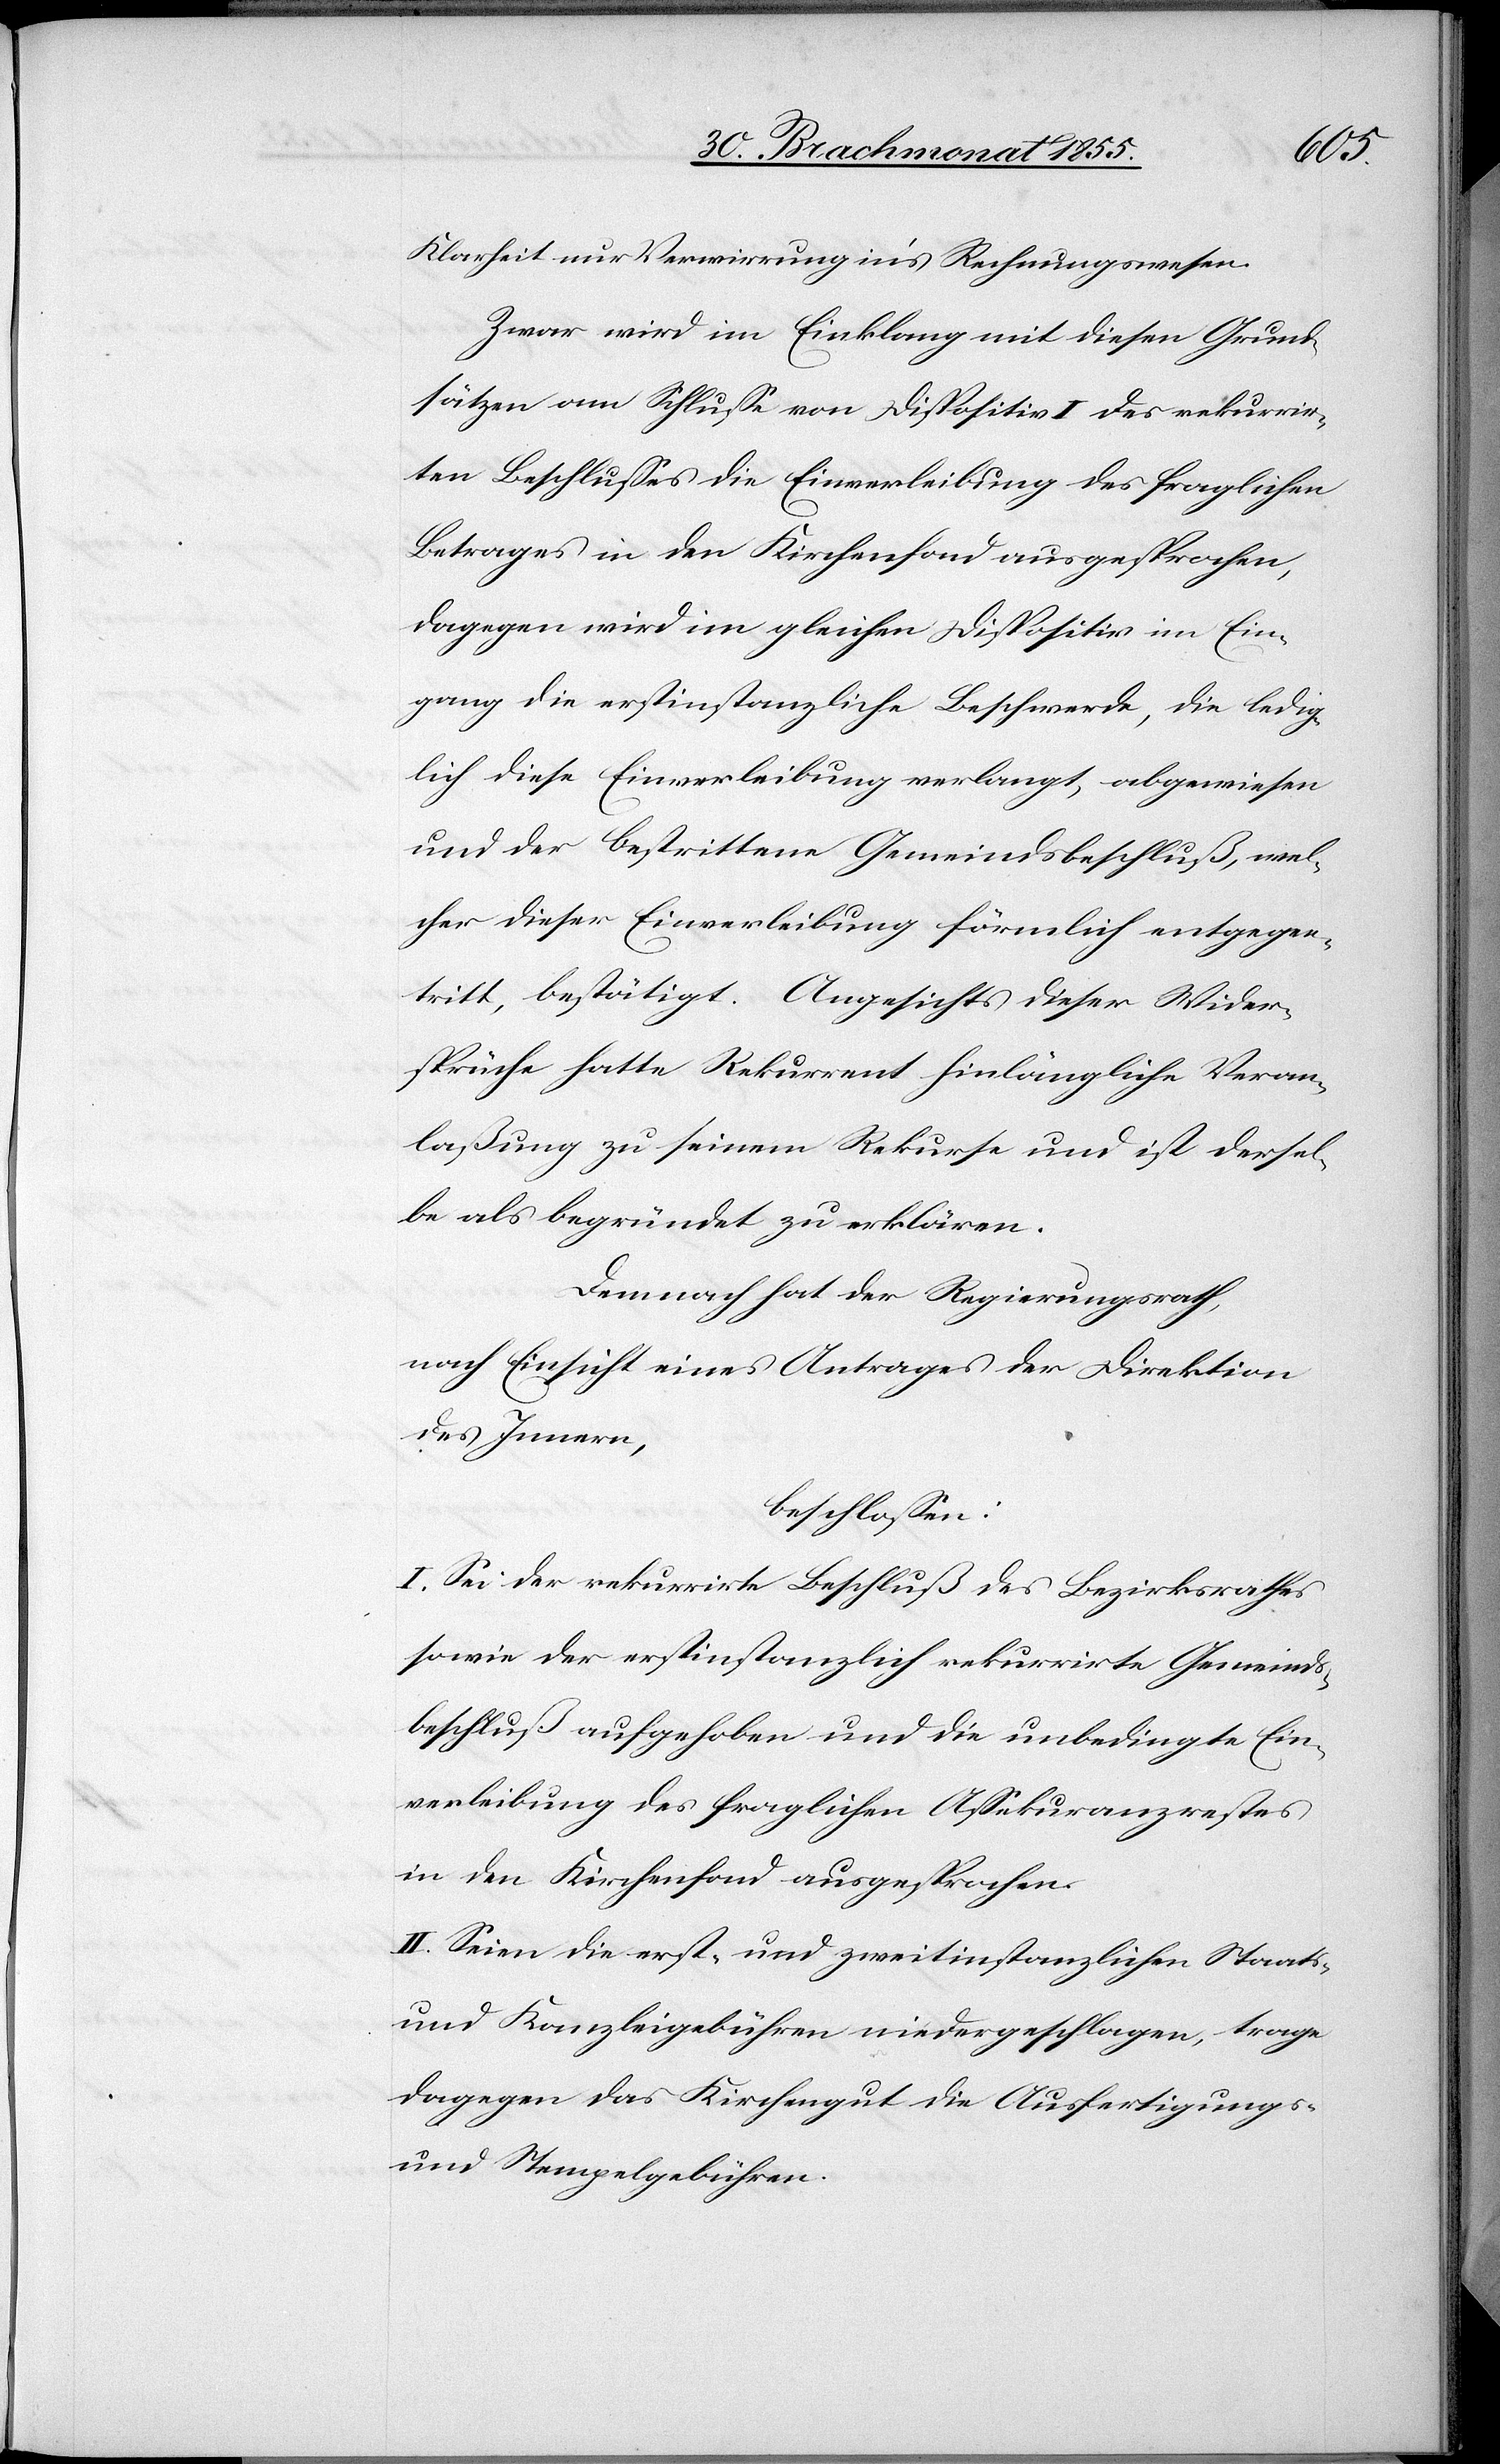
Klarheit nur Verwirrung in’s Rechnungswesen.
Zwar wird im Einklang mit diesen Grund¬
sätzen am Schlusse von Dispositiv I des rekurrir¬
ten Beschlusses die Einverleibung des fraglichen
Betrages in den Kirchenfond ausgesprochen,
dagegen wird im gleichen Dispositiv im Ein¬
gang die erstinstanzliche Beschwerde, die ledig¬
lich diese Einverleibung verlangt, abgewiesen
und der bestrittene Gemeindsbeschluß, wel¬
cher dieser Einverleibung förmlich entgegen¬
tritt, bestätigt. Angesichts dieser Wider¬
sprüche hatte Rekurrent hinlängliche Veran¬
laßung zu seinem Rekurse und ist dersel¬
be als begründet zu erklären.
Demnach hat der Regierungsrath,
nach Einsicht eines Antrages der Direktion
des Innern,
beschlossen:
I. Sei der rekurrirte Beschluß des Bezirksrathes
sowie der erstinstanzlich rekurrirte Gemeinds¬
beschluß aufgehoben und die unbedingte Ein¬
verleibung des fraglichen Assekuranzrestes
in den Kirchenfond ausgesprochen.
II. Seien die erst- und zweitinstanzlichen Staats-
und Kanzleigebühren niedergeschlagen, trage
dagegen das Kirchengut die Ausfertigungs-
und Stempelgebühren.